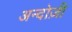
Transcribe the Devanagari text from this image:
अन्दोज़ी